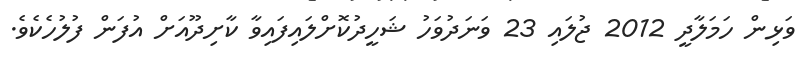
ވަޅިން ހަމަލާދީ 2012 ޖުލައި 23 ވަނަދުވަހު ޝަހީދުކޮށްލައިފައިވާ ކާށިދޫއަށް އުފަން ފުލުހެކެވެ.